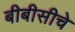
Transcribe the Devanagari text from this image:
बीबीसीचे